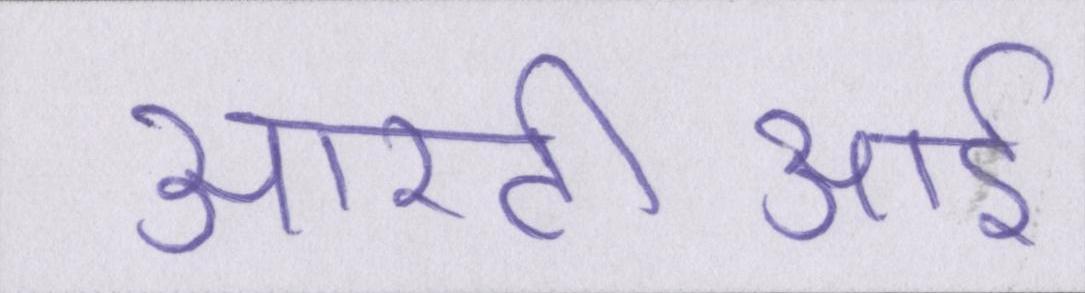
आरटीआई